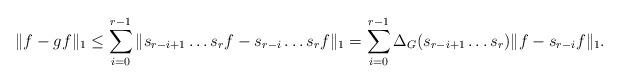
LaTeX: \begin{align*}\|f-gf\|_1\leq \sum_{i=0}^{r-1}\|s_{r-i+1}\ldots s_rf-s_{r-i}\ldots s_rf\|_1= \sum_{i=0}^{r-1}\Delta_G(s_{r-i+1}\ldots s_r)\|f-s_{r-i}f\|_1.\end{align*}